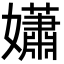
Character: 𡣾